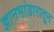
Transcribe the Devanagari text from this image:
ज्ञानभांडारातून